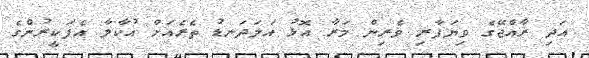
އަދި ރާއްޖޭގެ ވިޔަފާރި ވެރިން މަރާ އޮޅު އަލަަދަނޑު ތެރެއަށް އުކާލާ އެފަކީރުންގެ